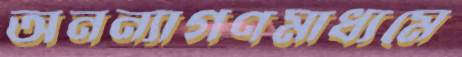
অনন্যাগণমাধ্যমে